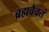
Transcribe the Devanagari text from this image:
ब्रह्मवैवतं